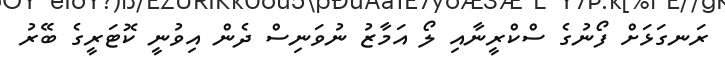
ރަނގަޅަށް ފޯނުގެ ސްކްރީނާއި ލޯ އަމާޒު ނުވަނިސް ދެން އިވުނީ ކޮޓަރީގެ ބޭރު